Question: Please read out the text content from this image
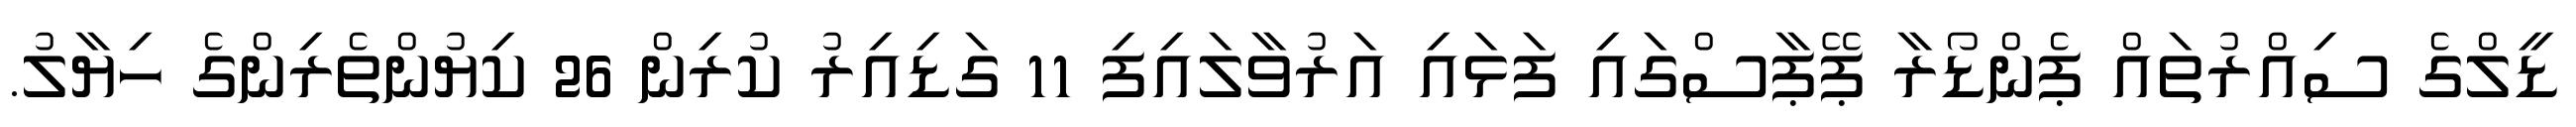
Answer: ޑީލްގެ ސިއްރުތައް ޕެންޑޯރާ ޕޭޕާސްގައި ފަޅައި އަރުވާލައިފި 11 ގަޑިއިރު ކުރިން 26 ކިޔުންތެރިންގެ ހިޔާލު.